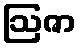
ဩဇာ